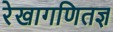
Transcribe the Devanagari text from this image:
रेखागणितज्ञ